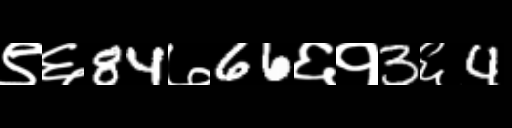
Text: ९६84७66६१3६4